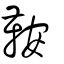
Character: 鞍